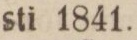
sti 1841.